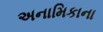
અનામિકાના